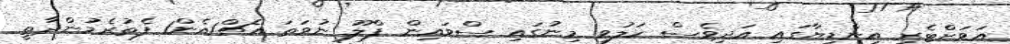
އަވަށްޓެރި އިންޑިޔާގައި އަދިވެސް ހަލުވި މިނުގައި ސްވައިން ފްލޫ ނުވަތަ އެޗް1އެން1 ފެތުރެމުންދާތީ